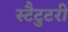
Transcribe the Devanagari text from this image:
स्टैटुटरी